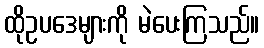
ထိုဥပဒေများကို မဲပေးကြသည်။